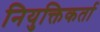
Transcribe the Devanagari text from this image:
नियुक्तिकर्ता